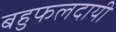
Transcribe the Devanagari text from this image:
बहुफलदायी